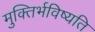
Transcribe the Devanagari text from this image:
मुक्तिर्भविष्यति